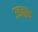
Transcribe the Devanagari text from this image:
उडताच